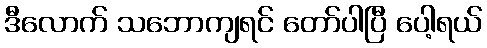
ဒီလောက် သဘောကျရင် တော်ပါပြီ ပေါ့ရယ်